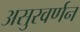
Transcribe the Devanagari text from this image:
असुरवर्णन